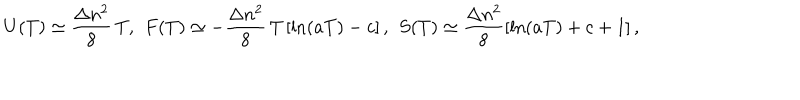
U ( T ) \simeq \frac { \Delta n ^ { 2 } } { 8 } \, T { , } \; \; F ( T ) \simeq - \frac { \Delta n ^ { 2 } } { 8 } \, T \left[ \ln ( a T ) - c \right] { , } \; \; S ( T ) \simeq \frac { \Delta n ^ { 2 } } { 8 } \left[ \ln ( a T ) + c + 1 \right] { , }